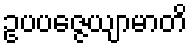
ဥပပဇ္ဇေယျာမာတိ